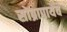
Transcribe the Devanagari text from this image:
सोब्रापायेव